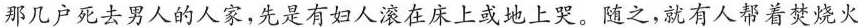
那几户死去男人的人家,先是有妇人滚在床上或地上哭。随之,就有人帮着焚烧火